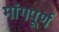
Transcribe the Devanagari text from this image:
मांगपूर्ण